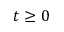
t \ge 0